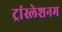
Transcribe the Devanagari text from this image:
ट्रांस्लेशनम